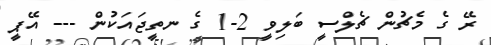
ރޭ ގެ މެޗުން ޗެލްސީ ބަލިވީ 2-1 ގެ ނތީޖައަކުން --- އޭޕީ